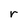
Character: r